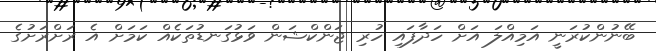
ބޭނުންކުރަނީ އަމިއްލަ އަށް ހަދާފައި ހުރި ޖަންކްޝަން ވަޅުގަނޑުތަކެއް ކަމަށް އެ ރަށްރަށުގެ